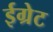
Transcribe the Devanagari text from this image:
ईग्रेट